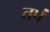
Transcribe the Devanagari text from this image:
तपं